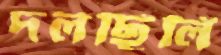
দলছিলি